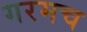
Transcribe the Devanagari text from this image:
गरमच